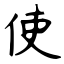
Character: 使